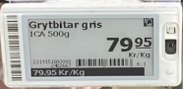
Vara: Grytbitar gris
Genomsnittspris: 79.95 per kg